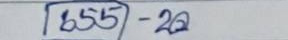
655 - 20